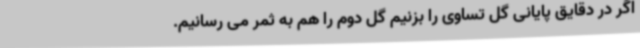
اگر در دقایق پایانی گل تساوی را بزنیم گل دوم را هم به ثمر می رسانیم.